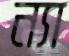
ন্যা